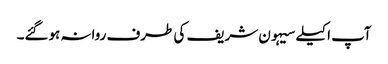
آپ اکیلے سیہون شریف کی طرف روانہ ہوگئے۔